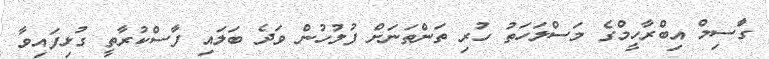
ގާަސިމް އިބްރާހީމްގެ މަސްލަހަތު ހުރި ތަންތަނަށް ފުލުހުން ވަދެ ބަލައި ފާސްކުރާތީ ގުޅިފައިވާ